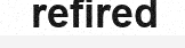
refired